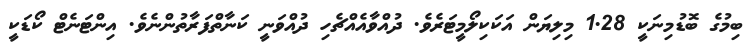
ބިމުގެ ބޮޑުމިނަކީ 1.28 މިލިޔަން އަކަކިލޯމީޓަރެވެ. ދުއްވާއެއްޗެހި ދުއްވަނީ ކަނާތްފަރާތުންނެވެ. އިންޓަނެޓް ކޯޑަކީ